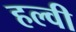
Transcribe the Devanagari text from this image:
हल्वी